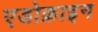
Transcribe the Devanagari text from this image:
एडोक्राइन